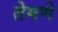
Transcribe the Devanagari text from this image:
तेमणे